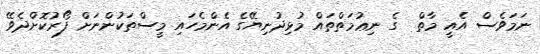
ނަމަވެސް އެއީ މާތް  ގެ ނިޢުމަތްތައް މުޅިދުނިޔޭގެ އެންމެހައި މީސްތަކުންނަށް ފޯރުކޮށްދެވޭ